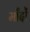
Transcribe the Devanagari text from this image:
माँदों